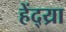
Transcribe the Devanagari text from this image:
हेंद्य्रा